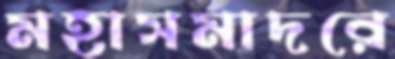
মহাসমাদরে